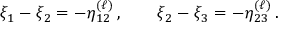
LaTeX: \xi _ { 1 } - \xi _ { 2 } = - \eta _ { 1 2 } ^ { ( \ell ) } \, , \qquad \xi _ { 2 } - \xi _ { 3 } = - \eta _ { 2 3 } ^ { ( \ell ) } \, .